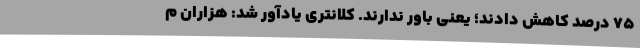
75 درصد کاهش دادند؛ یعنی باور ندارند. کلانتری یادآور شد: هزاران م